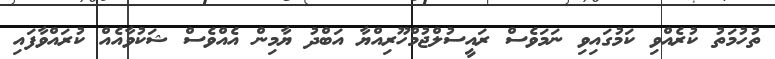
ތުހުމަތު ކުރެއްވި ކަމުގައިވި ނަމަވެސް ރައީސުލްޖުމްހޫރިއްޔާ އަބްދު ޔާމިން އެއްވެސް ޝަކުވާއެއް ކުރައްވާފައި